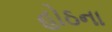
હોઠના